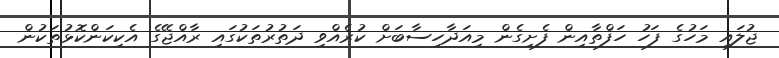
ޖުލައި މަހުގެ ފަހު ހަފްތާއިން ފެށިގެން މިއަދާހިސާބަށް ކުރެއްވި ދަތުރުތަކުގައި ރާއްޖޭގެ އެކިކަންކޮޅުތަކުން